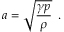
{ a = \sqrt { \frac { \gamma p } { \rho } } \, \mathrm { ~ . ~ } }